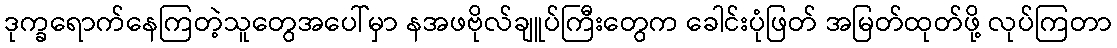
ဒုက္ခရောက်နေကြတဲ့သူတွေအပေါ်မှာ နအဖဗိုလ်ချူပ်ကြီးတွေက ခေါင်းပုံဖြတ် အမြတ်ထုတ်ဖို့ လုပ်ကြတာ